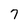
Character: 7